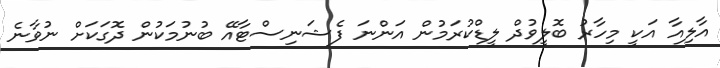
އާލިއާ އަކީ މިހާރު ބޮލީވުދް ލީޑްކުރަމުން އަންނަ ފެޝަނިސްޓާއޭ ބުނުމަކުން ދޮގަކަށް ނުވާނެ